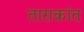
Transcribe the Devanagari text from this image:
ताराकांत